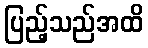
ပြည့်သည်အထိ